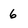
Character: 6